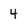
Character: 4